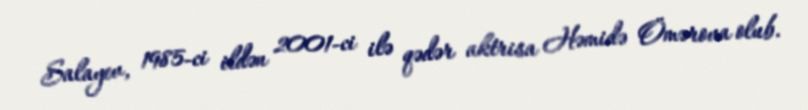
Salayev, 1985-ci ildən 2001-ci ilə qədər aktrisa Həmidə Ömərova olub.